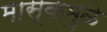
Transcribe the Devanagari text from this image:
मास्कमुळे